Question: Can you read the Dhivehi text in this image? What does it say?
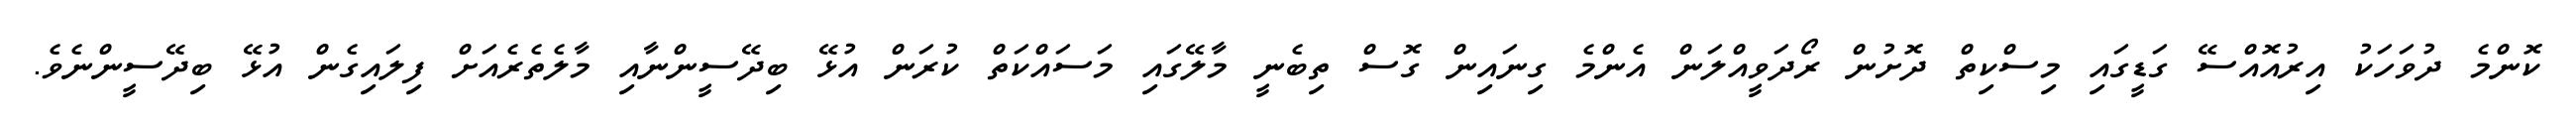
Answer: ކޮންމެ ދުވަހަކު އިރުއޮއްސޭ ގަޑީގައި މިސްކިތް ދޮށުން ރޯދަވީއްލަން އެންމެ ގިނައިން ގޮސް ތިބެނީ މާލޭގައި މަސައްކަތް ކުރަން އުޅޭ ބިދޭސީންނާއި މާލެތެރެއަށް ފިލައިގެން އުޅޭ ބިދޭސީންނެވެ.